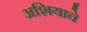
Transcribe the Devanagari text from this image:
अशियाचे